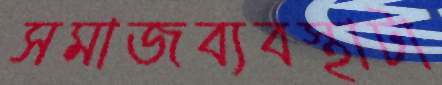
সমাজব্যবস্থাটা